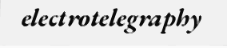
electrotelegraphy